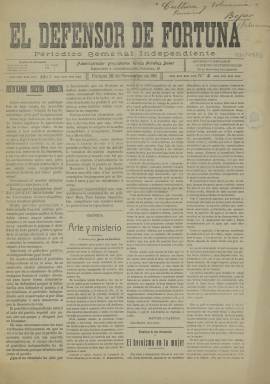
Título: El Defensor de Fortuna
Colección: Periódicos
Ámbito geográfico: Murcia
Lugar de publicación: Fortuna [Murcia]
Fechas: 26/11/1911-26/11/1911

Se trata de un semanario de la localidad murciana de Fortuna, que contaba con una población de casi 7.000 habitantes cuando apareció la publicación en 1911. El municipio, que contaba con un balneario y un casino, había tenido otro periódico a finales del siglo XIX, El Eco de Fortuna, que desapareció antes de comenzar el siglo XX.

  En el mismo año que comenzó a editarse El Defensor de Fortuna empezó su andadura El Jueves, semanario que se editaba ese día de la semana. Es raro que hubiera cabida para dos publicaciones locales en una población con tan pocos lectores. Quizá tuviera que ver con el hecho de que el balneario era frecuentado por importantes personalidades políticas nacionales, entre ellas presidentes del Gobierno. En todo caso, El Jueves no cumplió ni siquiera un año y acabó desapareciendo en 1912.

 El Defensor de Fortuna comenzó publicándose en febrero de 1911 y también tuvo corta vida, aunque parece que se prolongó algunos años. La Biblioteca Nacional de España solo posee de este título el número correspondiente al 26 de noviembre de ese año.

  Su subtítulo era el de periódico semanal independiente y estaba dirigido por Ginés Miralles Salar. Constaba de cuatro páginas y su contenido lo componían fundamentalmente artículos de opinión, literarios y noticias de la localidad y poblaciones cercanas. Contaba con una sección de ecos de sociedad en la que se felicitaba el cumpleaños a los vecinos de Fortuna o se informaba de nacimientos, bodas y otros acontecimientos personales. Esta información llegaba hasta el punto de publicar cuando algún vecino se encontraba enfermo y desearle un pronto restablecimiento. Naturalmente, esto tenía como consecuencia que la publicación arraigara entre la población.

 El balneario de la localidad raramente faltaba en las noticias locales. Como ejemplo, en el número que posee la BNE podemos leer: ‘Desde el miércoles se encuentran tomando las aguas de este balneario nuestro respetable amigo el juez de Primera Instancia de este distrito don Ramón Pastor y su distinguida y elegante esposa’.

   El balneario también era una fuente de financiación para el periódico por la publicidad que insertaba, como podemos ver en la última página de dicho número con un anuncio del establecimiento.

   Algunos datos de esta descripción han sido tomados de la página web Región de Murcia Digital, donde se hace una pequeña historia de la prensa local de Fortuna de antes de la Guerra Civil.

[Descripción publicada el 10/11/2022]